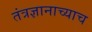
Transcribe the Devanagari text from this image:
तंत्रज्ञानाच्याच